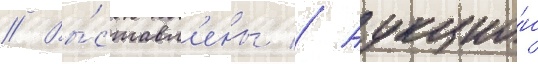
// Вы́ставл'ены // Аукцио́н